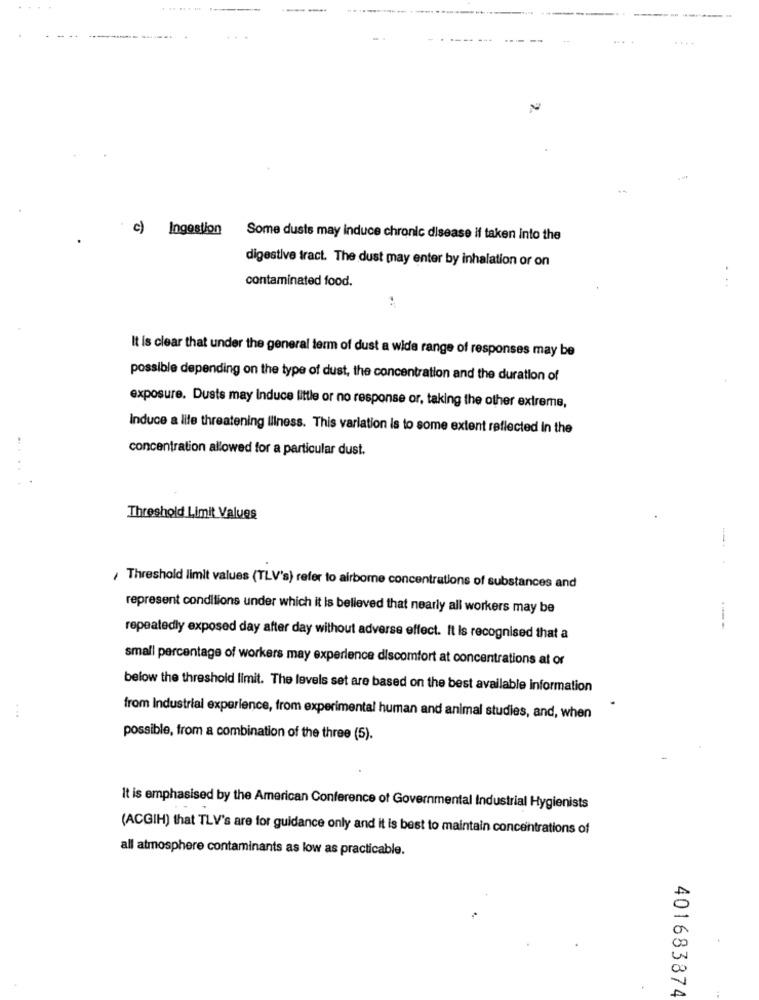
c)
Ingestion Some dusts may induce chronic disease if taken into the
digestive tract. The dust may enter by inhalation or on
contaminated food.
It is clear that under the general term of dust a wide range of responses may be
possible depending on the type of dust, the concentration and the duration of
exposure. Dusts may Induce little or no response or, taking the other extreme,
Induce a life threatening illness. This variation is to some extent reflected In the
concentration allowed for a particular dust.
Threshold Limit Values
--..
Threshold limit values (TLV's) refer to airborne concentrations of substances and
represent conditions under which it is believed that nearly all workers may be
---
repeatedly exposed day after day without adverse effect. It Is recognised that a
small percentage of workers may experience discomfort at concentrations at or
below the threshold limit. The levels set are based on the best available information
...
from Industrial experience, from experimental human and animal studies, and, when
possible, from a combination of the three (5).
It is emphasised by the American Conference of Governmental Industrial Hygienists
(ACGIH) that TLV's are for guidance only and it is best to maintain concentrations of
all atmosphere contaminants as low as practicable.
401683874